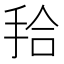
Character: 𭠫